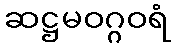
ဆဋ္ဌမဝဂ္ဂဝရံ